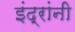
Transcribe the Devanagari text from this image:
इंद्रांनी